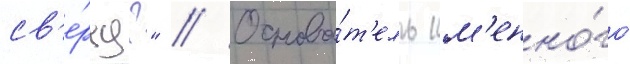
св'е́рху?" // Основа́т'ель им'енно́го